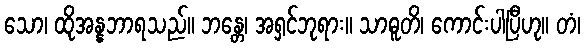
သော၊ ထိုအန္နဘာရသည်။ ဘန္တေ၊ အရှင်ဘုရား။ သာဓူတိ၊ ကောင်းပါပြီဟု။ တံ၊